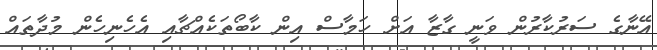
އޭނާގެ ސަރުކާރުން ވަނީ ގާޒާ އަށް ހަމާސް އިން ކާބޯތަކެއްޗާއި އެހެނިހެން މުދާތައް